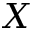
\boldsymbol { X }